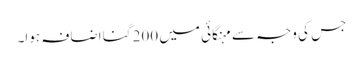
جس کی وجہ سے مہنگائی میں 200 گنا اضافہ ہوا۔